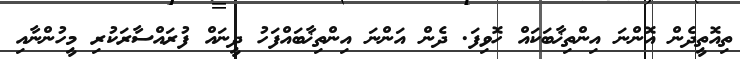
ތިއޮތީދެން އޮންނަ އިންތިޚާބަކައް ހޮވިފަ. ދެން އަންނަ އިންތިޚާބައްފަހު ދީނައް ފުރައްސާރަކުރި މީހުންނާއި